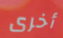
أخرى